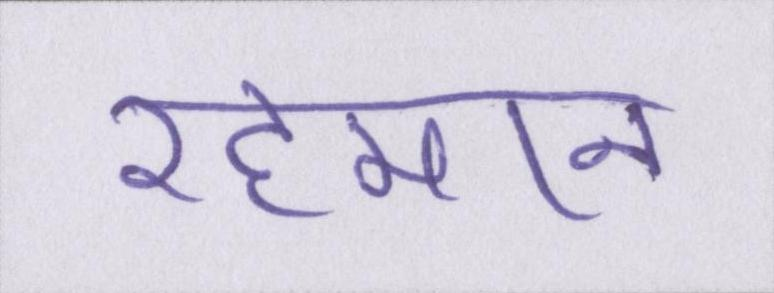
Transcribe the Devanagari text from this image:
रहमान